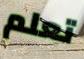
تعلم